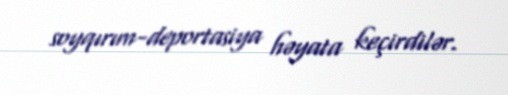
soyqırım-deportasiya həyata keçirdilər.